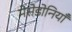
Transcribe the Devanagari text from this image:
मेसेडोनियाँ